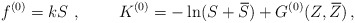
\begin{align*}f^{(0)}=kS~,~~~~~~~K^{(0)}=-\ln (S+\,\overline{\! S})+G^{(0)}(Z,\,\overline{\! Z})\, ,\end{align*}